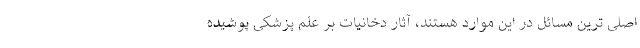
اصلی ترین مسائل در این موارد هستند، آثار دخانیات بر علم پزشکی پوشیده